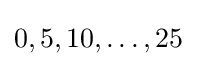
0,5,10,\dots ,25